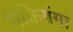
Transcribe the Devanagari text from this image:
भक्तिगंगा